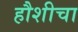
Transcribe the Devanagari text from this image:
हौशीचा